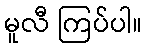
မူလီ ကြပ်ပါ။